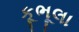
કૂભૂલા